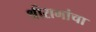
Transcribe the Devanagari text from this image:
श्रीरामांचा